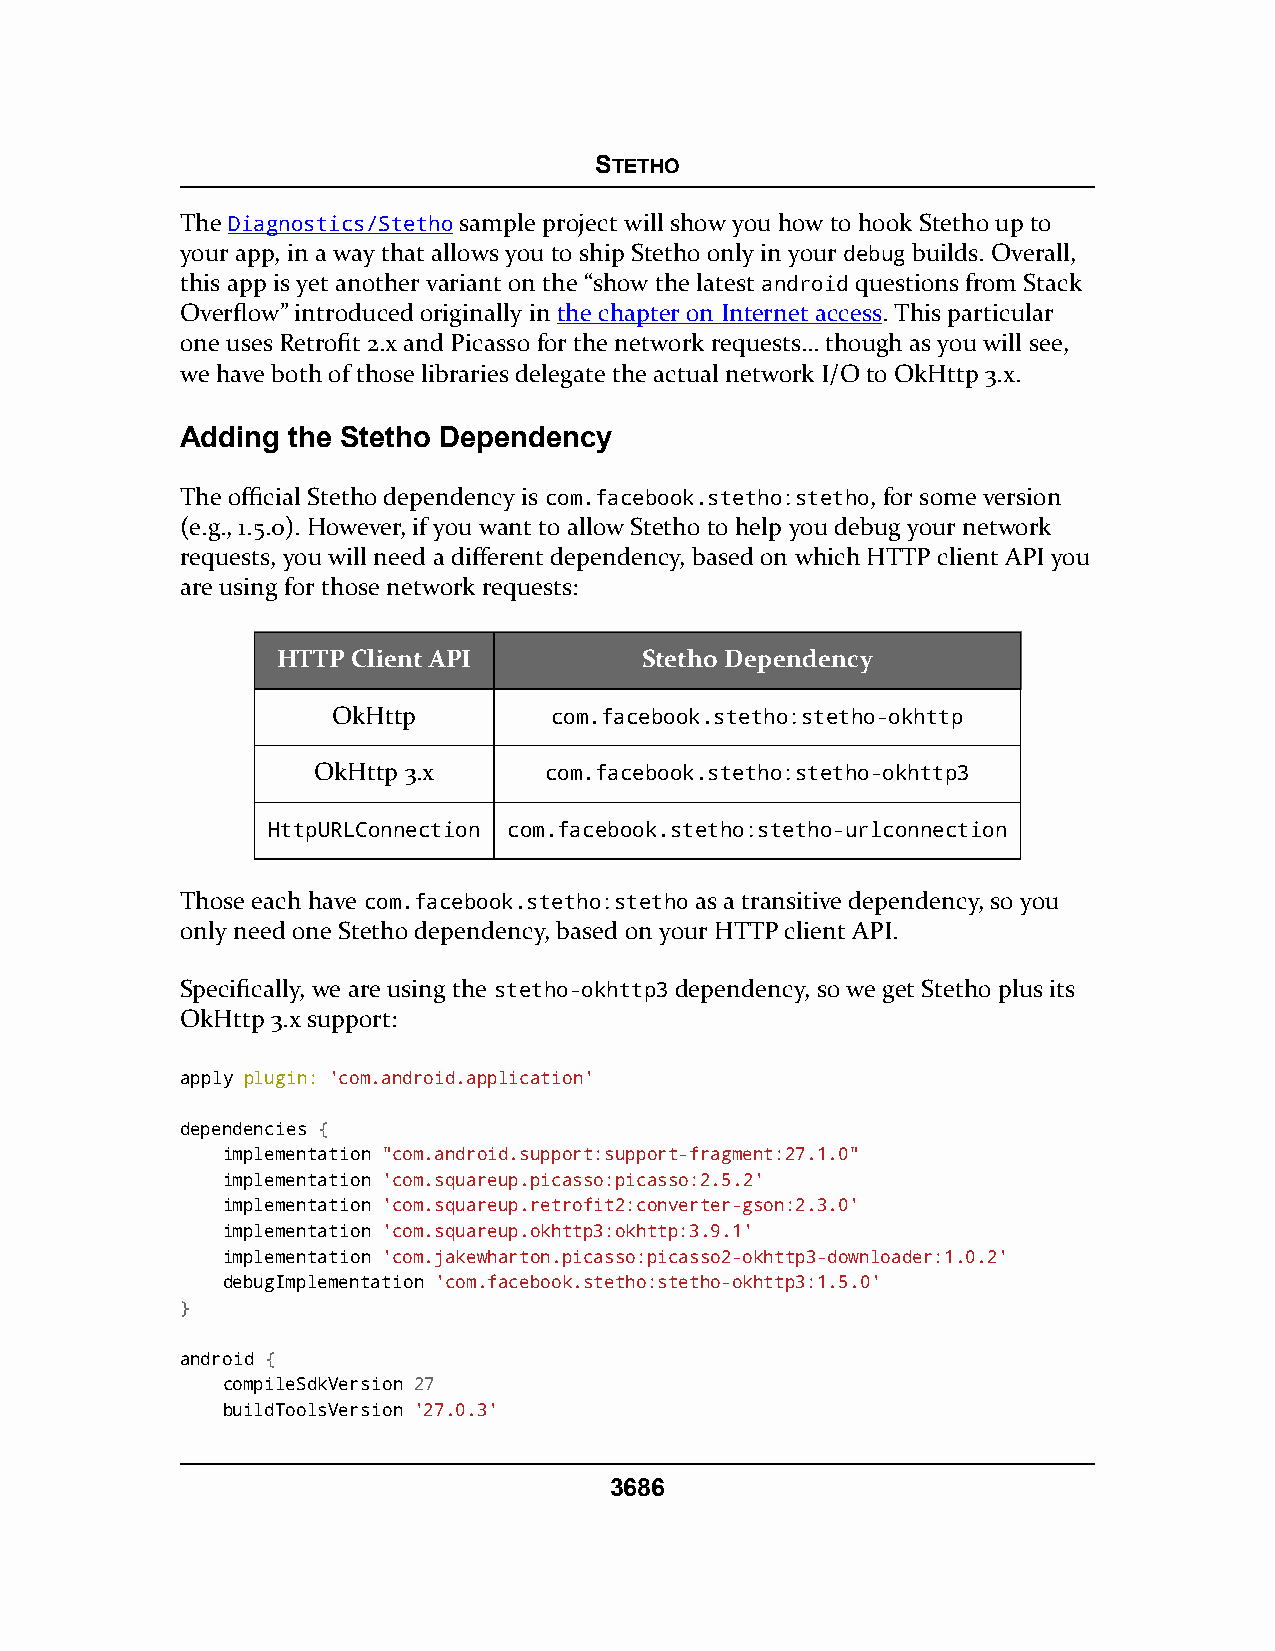
STETHO
 The Diagnostics/Stetho sample project will show you how to hook Stetho up to
 your app, in a way that allows you to ship Stetho only in your debug builds. Overall,
 this app is yet another variant on the “show the latest android questions from Stack
 Overflow” introduced originally in the chapter on Internet access. This particular
 one uses Retrofit 2.x and Picasso for the network requests… though as you will see,
 we have both of those libraries delegate the actual network I/O to OkHttp 3.x.
 Adding the Stetho Dependency
 The official Stetho dependency is com.facebook.stetho:stetho, for some version
 (e.g., 1.5.0). However, if you want to allow Stetho to help you debug your network
 requests, you will need a different dependency, based on which HTTP client API you
 are using for those network requests:
 HTTP Client API         Stetho Dependency
 OkHttp        com.facebook.stetho:stetho-okhttp
 OkHttp 3.x     com.facebook.stetho:stetho-okhttp3
 HttpURLConnection com.facebook.stetho:stetho-urlconnection
 Those each have com.facebook.stetho:stetho as a transitive dependency, so you
 only need one Stetho dependency, based on your HTTP client API.
 Specifically, we are using the stetho-okhttp3 dependency, so we get Stetho plus its
 OkHttp 3.x support:
 apply plugin: 'com.android.application'
 dependencies {
 implementation "com.android.support:support-fragment:27.1.0"
 implementation 'com.squareup.picasso:picasso:2.5.2'
 implementation 'com.squareup.retrofit2:converter-gson:2.3.0'
 implementation 'com.squareup.okhttp3:okhttp:3.9.1'
 implementation 'com.jakewharton.picasso:picasso2-okhttp3-downloader:1.0.2'
 debugImplementation 'com.facebook.stetho:stetho-okhttp3:1.5.0'
 }
 android {
 compileSdkVersion 27
 buildToolsVersion '27.0.3'
 3686